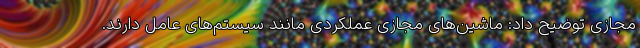
مجازی توضیح داد: ماشین‌های مجازی عملکردی مانند سیستم‌های عامل دارند.